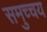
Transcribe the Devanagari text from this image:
समुच्‍चय